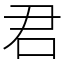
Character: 君